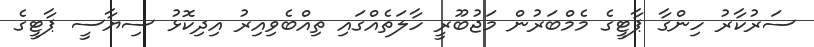
ސަރުކާރު ހިންގާ ޕާޓީގެ މެމްބަރުން މަޖުބޫރީ ހާލަތެއްގައި ތިއްބެވިއިރު އިދިކޮޅު ސިޔާސީ ޕާޓީގެ